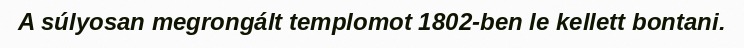
A súlyosan megrongált templomot 1802-ben le kellett bontani.